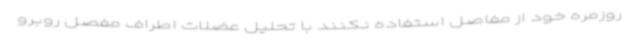
روزمره خود از مفاصل استفاده نکنند با تحلیل عضلات اطراف مفصل روبرو